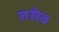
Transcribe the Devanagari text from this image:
तसेव